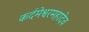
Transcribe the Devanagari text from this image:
कर्दमेश्वरमहादेव